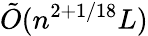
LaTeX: {\tilde{O}}(n^{2+1/18}L)